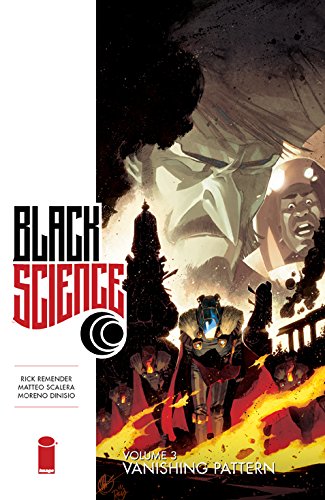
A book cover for Black Science Volume 3: Vanishing Pattern (Black Science Tp); Rick Remender; Comics & Graphic Novels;